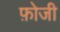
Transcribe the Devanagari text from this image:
फ़ोजी